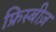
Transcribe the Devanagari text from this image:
फ्रिस्बीज़